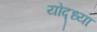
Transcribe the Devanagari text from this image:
योद्ध्या